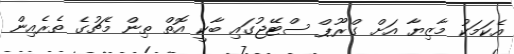
އެކަމަކު މާޒިޔާ އަށް ގްރޫޕް ސްޓޭޖުގައި ބާކީ އޮތް ތިން މެޗުގެ ތެރެއިން